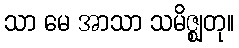
သာ မေ အာသာ သမိဇ္ဈတု။